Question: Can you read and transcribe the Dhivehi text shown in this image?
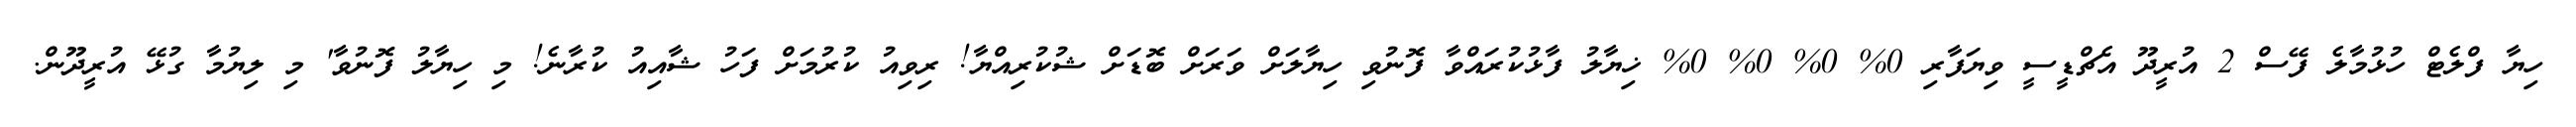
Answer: ހިޔާ ފްލެޓް ހުޅުމާލެ ފޭސް 2 އުރީދޫ އެޗްޑީސީ ވިޔަފާރި 0% 0% 0% 0% ޚިޔާލު ފާޅުކުރައްވާ ފޮނުވި ހިޔާލަށް ވަރަށް ބޮޑަށް ޝުކުރިއްޔާ! ރިވިއު ކުރުމަށް ފަހު ޝާއިއު ކުރާނެ! މި ހިޔާލު ފޮނުވާ' މި ލިޔުމާ ގުޅޭ އުރީދޫން.